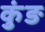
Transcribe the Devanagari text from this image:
कुंङ